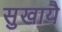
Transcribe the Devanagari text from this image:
सुखायै